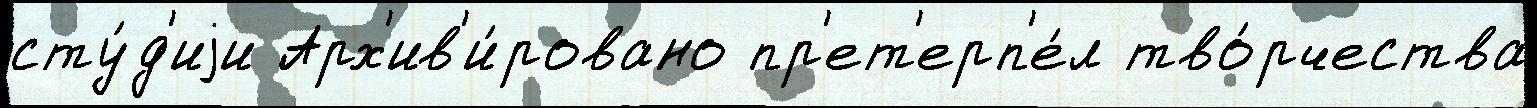
сту́д'иjи Арх'ив'и́ровано пр'ет'ерп'е́л тво́рчества